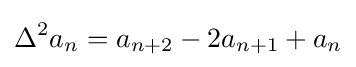
\Delta ^{2}a_{n}=a_{n+2}-2a_{n+1}+a_{n}